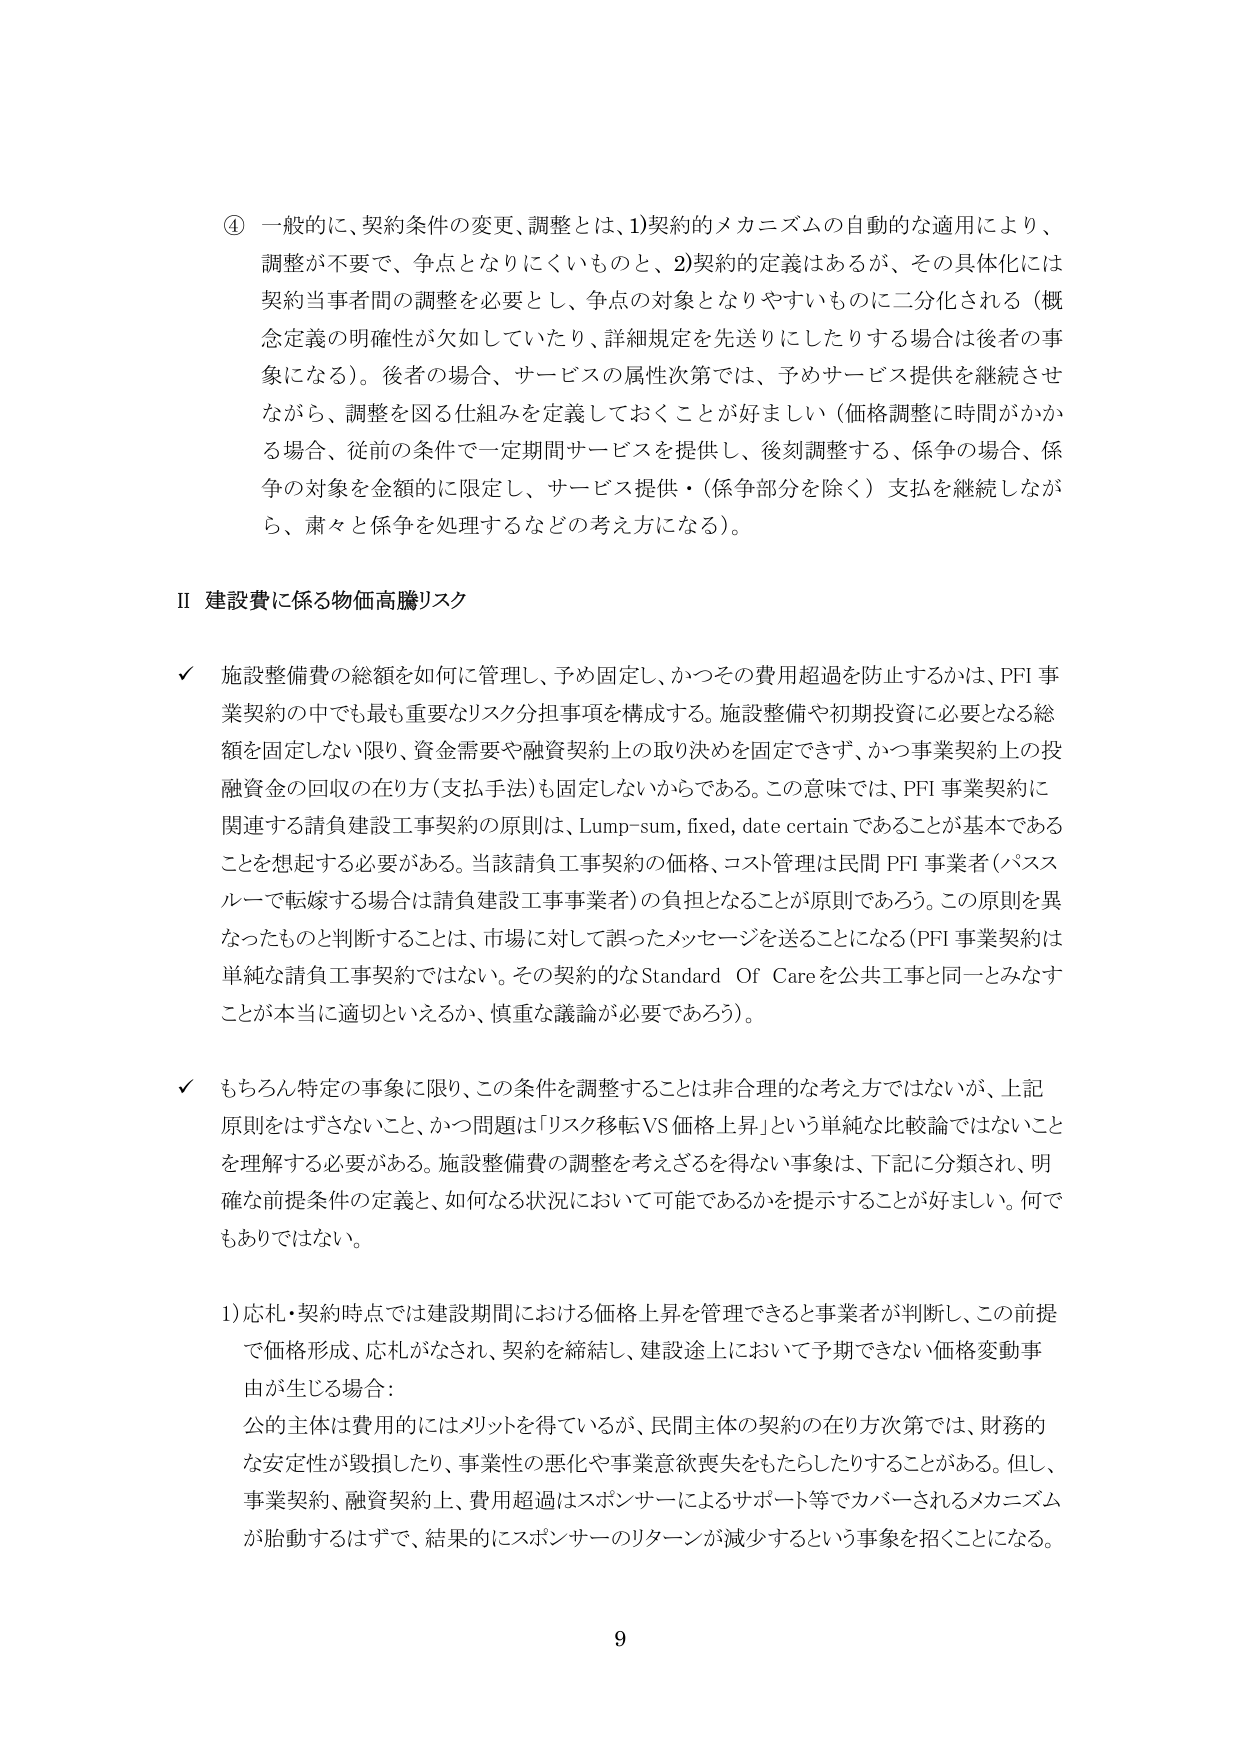
④ 一般的に、契約条件の変更、調整とは、1)契約的メカニズムの自動的な適用により、調整が不要で、争点となりにくいものと、2)契約的定義はあるが、その具体化には契約当事者間の調整を必要とし、争点の対象となりやすいものに二分化される（概念定義の明確性が欠如していたり、詳細規定を先送りにしたりする場合は後者の事象になる）。後者の場合、サービスの属性次第では、予めサービス提供を継続させながら、調整を図る仕組みを定義しておくことが好ましい（価格調整に時間がかかる場合、従前の条件で一定期間サービスを提供し、後刻調整する、係争の場合、係争の対象を金額的に限定し、サービス提供・（係争部分を除く）支払を継続しながら、粛々と係争を処理するなどの考え方になる）。

II 建設費に係る物価高騰リスク

✓ 施設整備費の総額を如何に管理し、予め固定し、かつその費用超過を防止するかは、PFI事業契約の中でも最も重要なリスク分担事項を構成する。施設整備や初期投資に必要となる総額を固定しない限り、資金需要や融資契約上の取り決めを固定できず、かつ事業契約上の投融資金の回収の在り方（支払手法）も固定しないからである。この意味では、PFI事業契約に関連する請負建設工事契約の原則は、Lump-sum, fixed, date certainであることが基本であることを想起する必要がある。当該請負工事契約の価格、コスト管理は民間PFI事業者（バススルーで転嫁する場合は請負建設工事事業者）の負担となることが原則であろう。この原則を異なったものと判断することは、市場に対して誤ったメッセージを送ることになる（PFI事業契約は単純な請負工事契約ではない。その契約的なStandard Of Careを公共工事と同一とみなすことが本当に適切といえるか、慎重な議論が必要であろう）。

✓ もちろん特定の事象に限り、この条件を調整することは非合理的な考え方ではないが、上記原則をはずさないこと、かつ問題は「リスク移転VS価格上昇」という単純な比較論ではないことを理解する必要がある。施設整備費の調整を考えざるを得ない事象は、下記に分類され、明確な前提条件の定義と、如何なる状況において可能であるかを提示することが好ましい。何でもありではない。

1) 応札・契約時点では建設期間における価格上昇を管理できると事業者が判断し、この前提で価格形成、応札がなされ、契約を締結し、建設途上において予期できない価格変動事由が生じる場合：

公的主体は費用的にはメリットを得ているが、民間主体の契約の在り方次第では、財務的な安定性が毀損したり、事業性の悪化や事業意欲喪失をもたらしたりすることがある。但し、事業契約、融資契約上、費用超過はスポンサーによるサポート等でカバーされるメカニズムが胎動するはずで、結果的にスポンサーのリターンが減少するという事象を招くことになる。

9